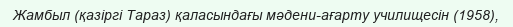
Жамбыл (қазіргі Тараз) қаласындағы мәдени-ағарту училищесін (1958),